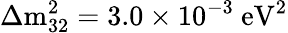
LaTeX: \Delta\mathrm{m}_{32}^{2}=3.0\times 10^{-3}~\mathrm{eV}^{2}